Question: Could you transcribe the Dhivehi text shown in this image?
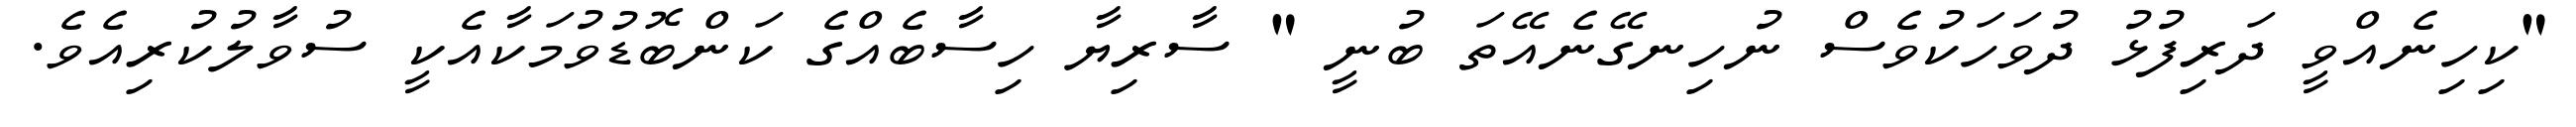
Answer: "ކިހިނެއްވީ ދަރިފުޅު ދުވަހަކުވެސް ނުހިނގޭނެއޭތަ ބުނީ " ސާރިޔާ ހިސާބެއްގެ ކަންބޮޑުވުމަކާއެކީ ސުވާލުކުރިއެވެ.